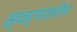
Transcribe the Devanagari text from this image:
स्वर्गांतील